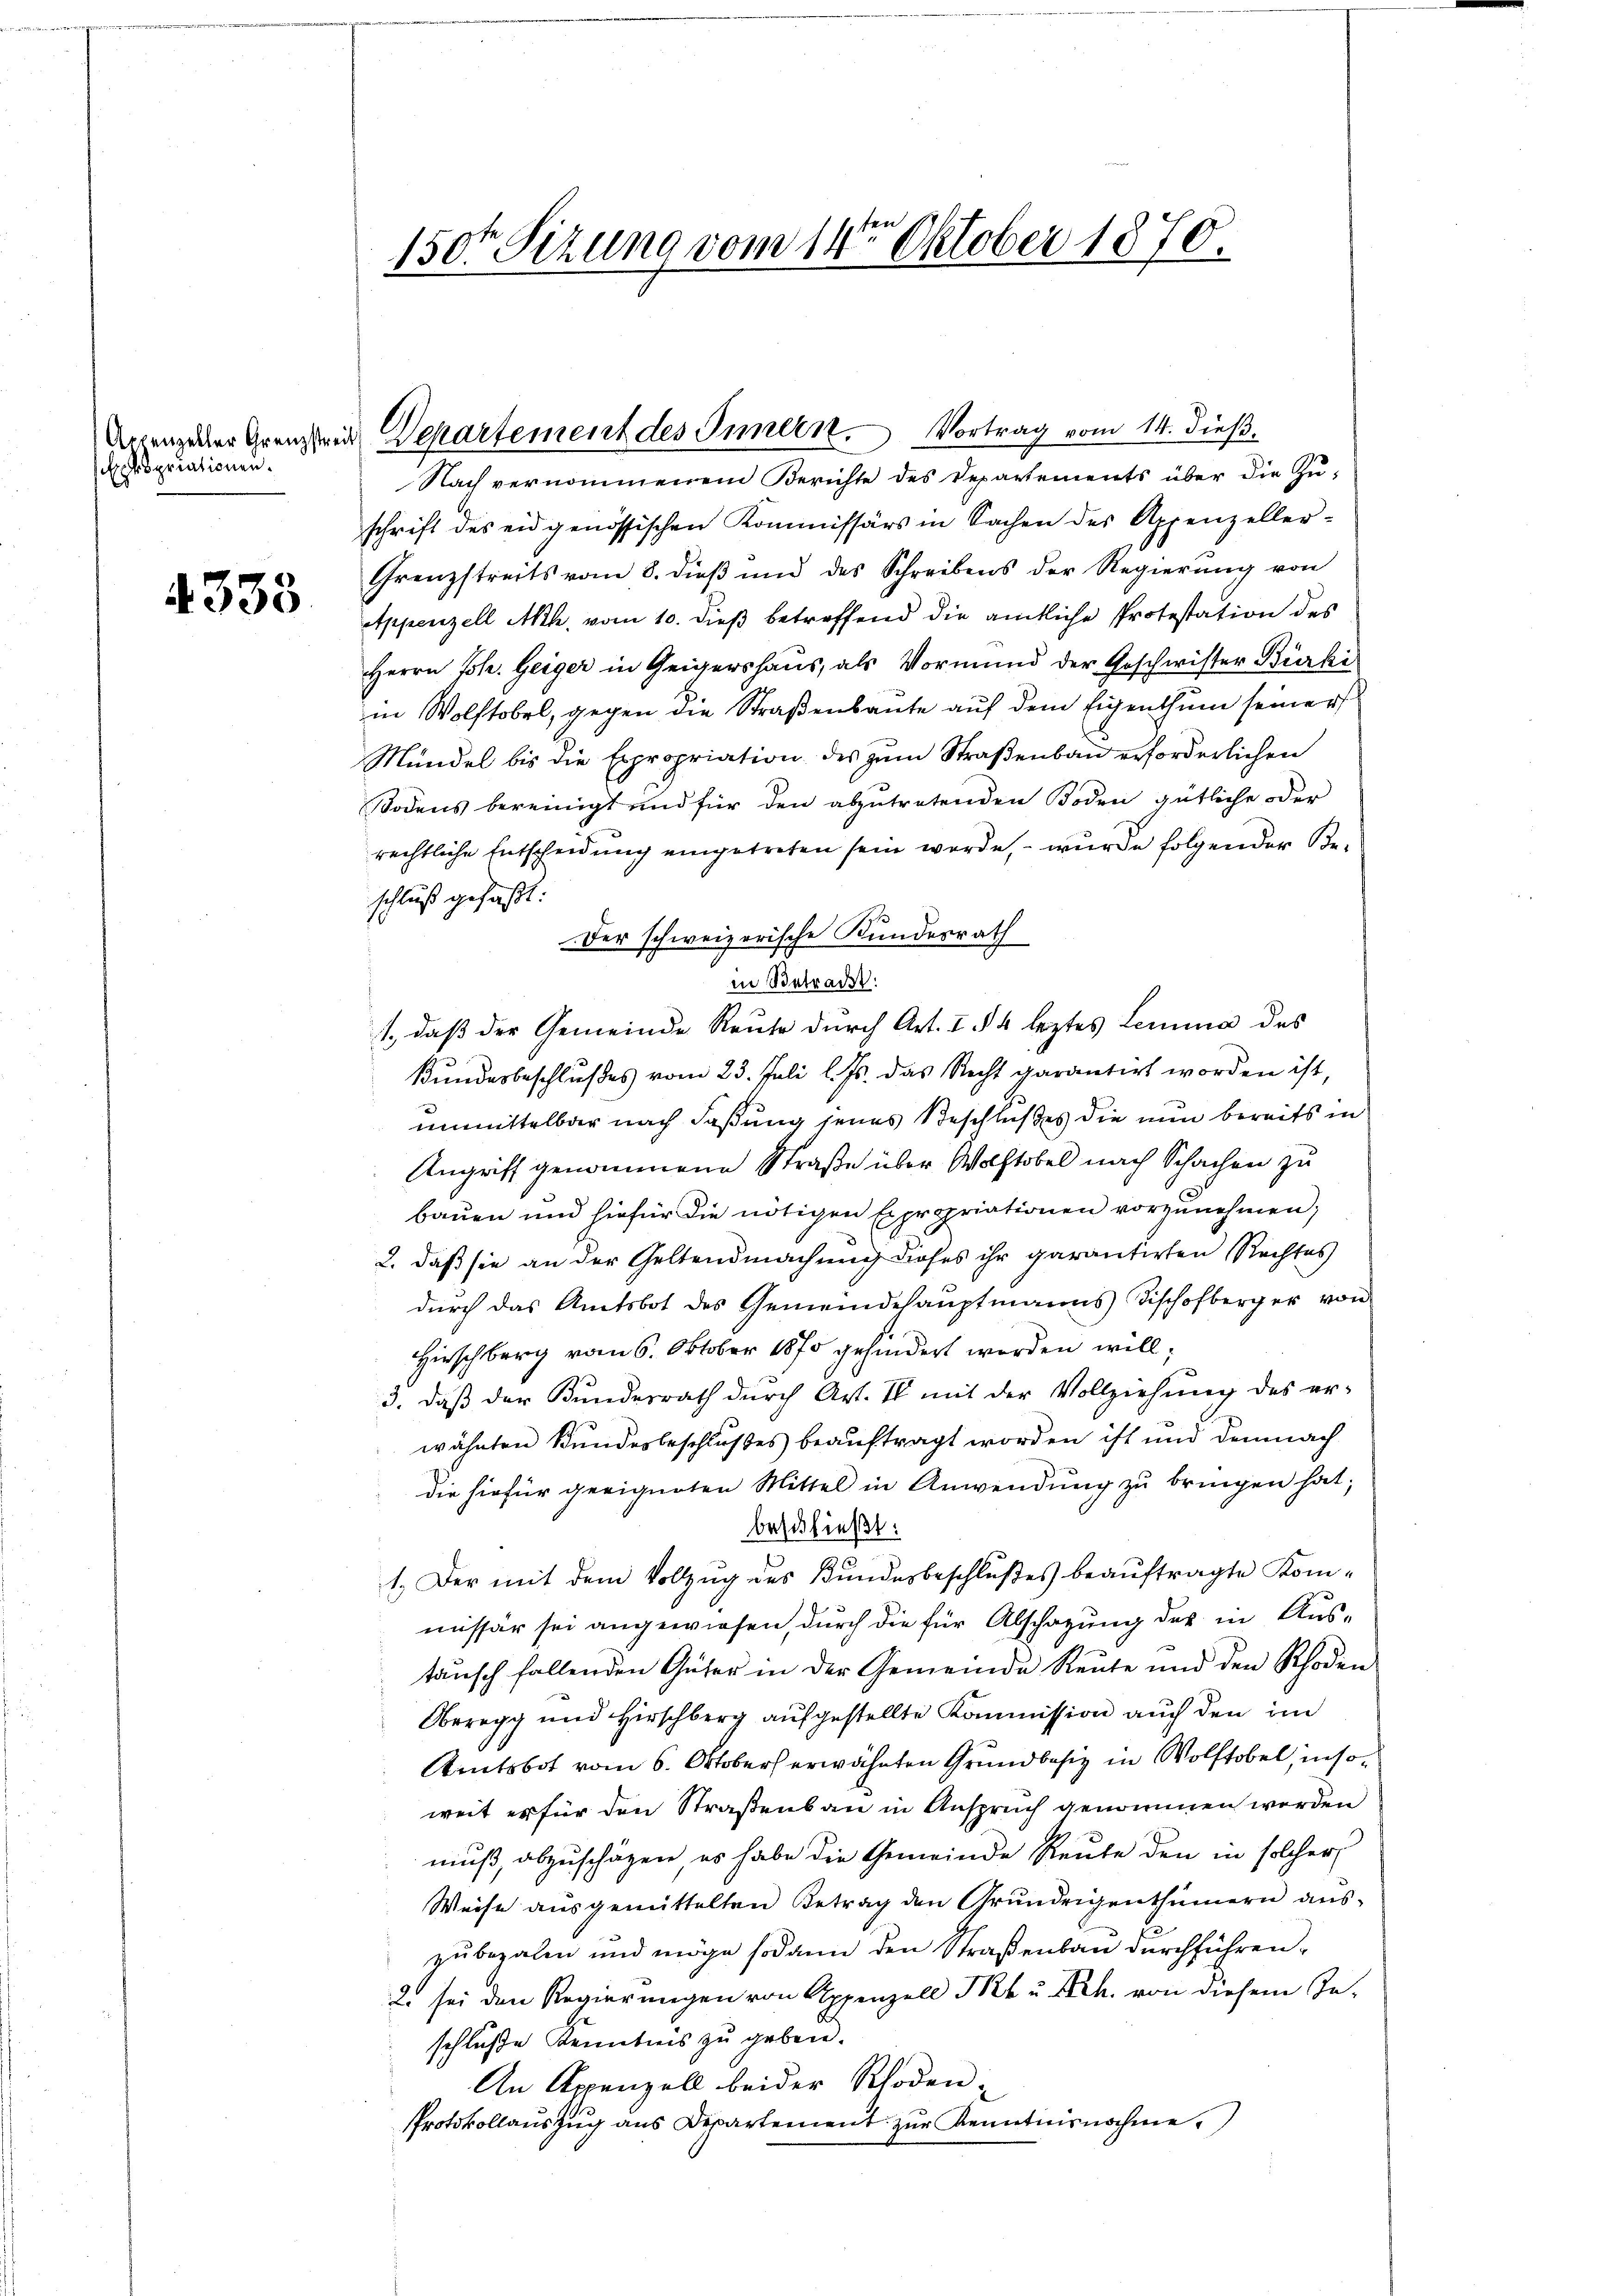
bpropriationen.

4333

150ten Sitzung vom 14ten Oktober 1870.

Nach vernommenem Berichte des Departements über die Zu-
schrift des eidgenössischen Kommissärs in Sachen des Appenzeller¬
Grenzstreits vom 8. dieß und des Schreibens der Regierŭng von
Appenzell Ach, vom 10. dieß betreffend die amtliche Protestation des
Herrn Joh. Geiger in Zeigershaus, als Vormund der Geschwister Bürki
in Wolftobel, gegen die Straßenbaute auf dem Eigenthum seiner
Mündel bis die Expropriation des zum Straßenbau erforderlichen
Bodens bereinigt und für den abzutretenden Boden gütliche oder
rechtliche Entscheidung eingetreten sein werde, – wurde folgender Beschluß gefaßt:
Der schweizerische Kundesrath
in Betradet:
1., daß der Gemeinde Reute durch Art. I § 4 leztes Lemma des
Bundesbeschlußes vom 23. Juli l. Js. das Recht garantirt worden ist,
unmittelbar nach Faßung jenes Beschlußes die nun bereits in
Angriff genommene Straße über Wolftobel nach Schachen zu
bauen und hiefür die nötigen Expropriationen vorzŭnehmen;
2. daß sie an der Geltendmachung dieses ihr garantirten Rechtes
durch das Amtsbot des Gemeindehauptmanns Fischofberger von
Hirschberg vom 6. Oktober 1870 gehindert werden will;
3. daß der Kundesrath durch Art. II mit der Vollziehŭng des er-
wähnten Bundesbeschlußes beauftragt worden ist und demnach
die hiefür geeigneten Mittel in Anwendung zu bringen hat;
beschließt:
1. Der mit dem Vollzug des Bundesbeschlußes beauftragte Kommissär sei angewiesen, durch die für Abschazung des in Austausch fallenden Güter in der Gemeinde Reŭte und den Rhoden
Oberegg und Hirschberg aufgestellte Kommission auch den im
Amtsbot vom 6. Oktober erwähnten Grundbesiz in Wolftobel, insoweit er für den Straßenbau in Anspruch genommen werden
muß, abzuschäzen es habe die Gemeinde Reute den in solcher
Weise ausgemittelten Betrag den Grundeigenthümern auszubezalen und möge sodann den Straßenbau durchführen.
2. sei den Regierungen von Appenzell Pkt. u. Sch. von diesem Ge-
schluße Kenntnis zu geben.
An Appenzell beider Rhoden-
Protokollauszug aus Departement zur Kenntnisnahme

Artengeler Grenzlein Departement des Innern. Vortrag vom 14. dieß.